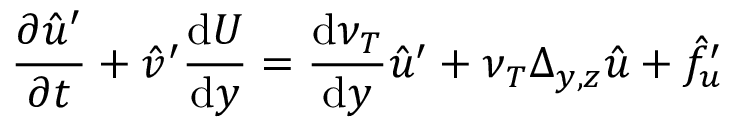
\frac { \partial \hat { u } ^ { \prime } } { \partial t } + \hat { v } ^ { \prime } \frac { \mathrm { d } U } { \mathrm { d } y } = \frac { \mathrm { d } \nu _ { T } } { \mathrm { d } y } \hat { u } ^ { \prime } + \nu _ { T } \Delta _ { y , z } \hat { u } + \hat { f } _ { u } ^ { \prime }